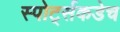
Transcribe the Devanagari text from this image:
स्पोर्ट्सकडेच